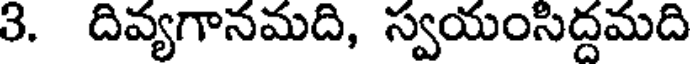
3. దివ్యగానమది, స్వయంసిద్దమది